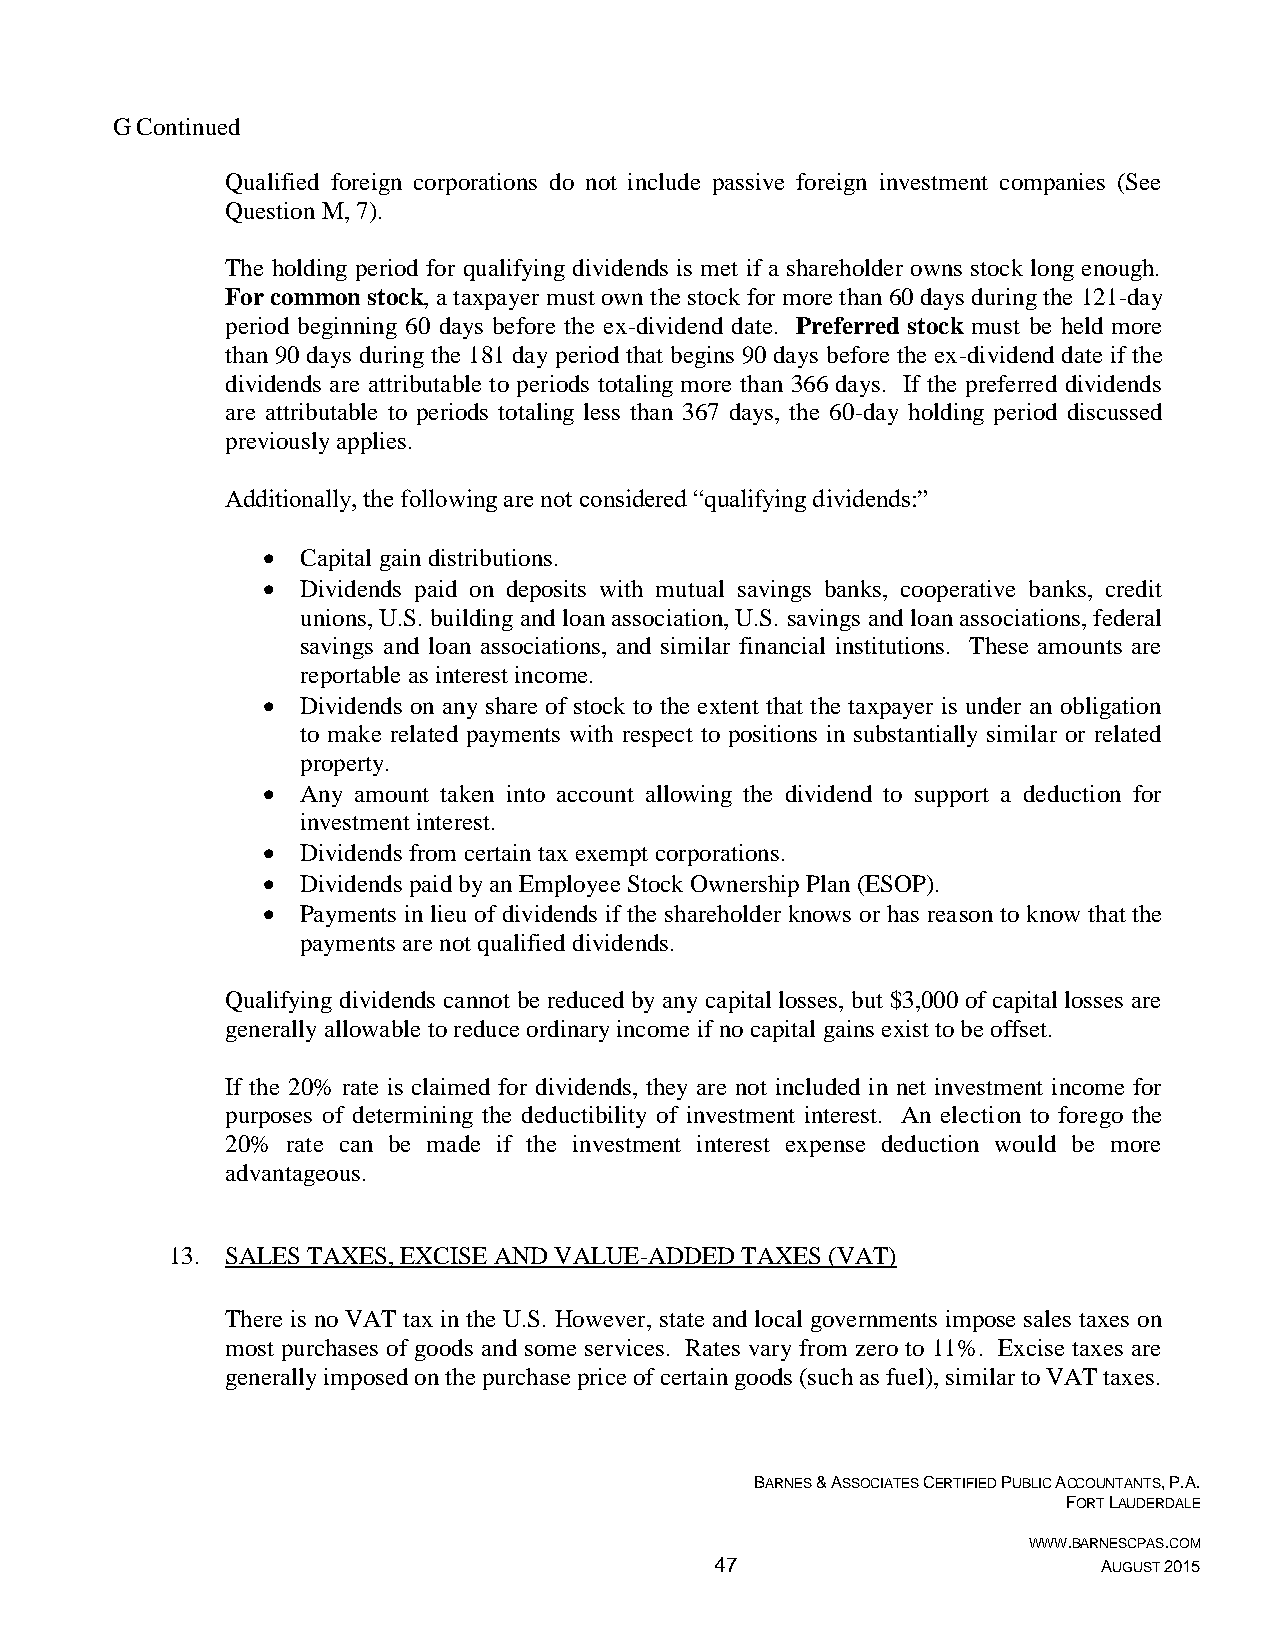
G Continued
 Qualified foreign corporations do not include passive foreign investment companies (See
 Question M, 7).
 The holding period for qualifying dividends is met if a shareholder owns stock long enough.
 For common stock, a taxpayer must own the stock for more than 60 days during the 121-day
 period beginning 60 days before the ex-dividend date. Preferred stock must be held more
 than 90 days during the 181 day period that begins 90 days before the ex-dividend date if the
 dividends are attributable to periods totaling more than 366 days. If the preferred dividends
 are attributable to periods totaling less than 367 days, the 60-day holding period discussed
 previously applies.
 Additionally, the following are not considered “qualifying dividends:”
   Capital gain distributions.
   Dividends paid on deposits with mutual savings banks, cooperative banks, credit
 unions, U.S. building and loan association, U.S. savings and loan associations, federal
 savings and loan associations, and similar financial institutions. These amounts are
 reportable as interest income.
   Dividends on any share of stock to the extent that the taxpayer is under an obligation
 to make related payments with respect to positions in substantially similar or related
 property.
   Any amount taken into account allowing the dividend to support a deduction for
 investment interest.
   Dividends from certain tax exempt corporations.
   Dividends paid by an Employee Stock Ownership Plan (ESOP).
   Payments in lieu of dividends if the shareholder knows or has reason to know that the
 payments are not qualified dividends.
 Qualifying dividends cannot be reduced by any capital losses, but $3,000 of capital losses are
 generally allowable to reduce ordinary income if no capital gains exist to be offset.
 If the 20% rate is claimed for dividends, they are not included in net investment income for
 purposes of determining the deductibility of investment interest. An election to forego the
 20% rate can be made if the investment interest expense deduction would be more
 advantageous.
 13. SALES TAXES, EXCISE AND VALUE-ADDED TAXES (VAT)
 There is no VAT tax in the U.S. However, state and local governments impose sales taxes on
 most purchases of goods and some services. Rates vary from zero to 11%. Excise taxes are
 generally imposed on the purchase price of certain goods (such as fuel), similar to VAT taxes.
 BARNES & ASSOCIATES CERTIFIED PUBLIC ACCOUNTANTS, P.A.
 FORT LAUDERDALE
 WWW.BARNESCPAS.COM
 47                        AUGUST 2015